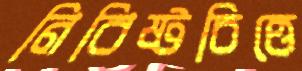
নিবিষ্টচিত্তে